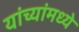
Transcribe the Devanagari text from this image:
यांच्यांमध्ये